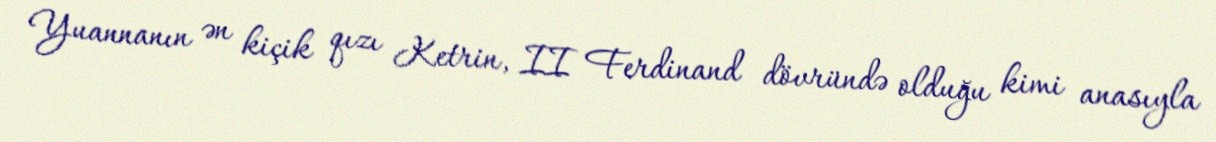
Yuannanın ən kiçik qızı Ketrin, II Ferdinand dövründə olduğu kimi anasıyla